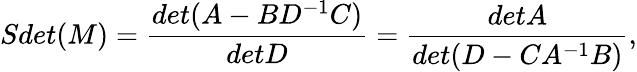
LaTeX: Sdet(M)={\frac{det(A-BD^{-1}C)}{detD}}={\frac{detA}{det(D-CA^{-1}B)}},